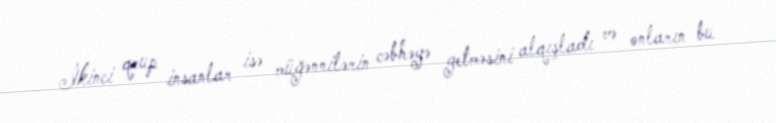
İkinci qrup insanlar isə müğənnilərin cəbhəyə getməsini alqışladı və onların bu